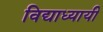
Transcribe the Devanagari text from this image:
विद्याध्यायी